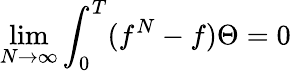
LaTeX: \operatorname*{lim}_{N\rightarrow\infty}\int_{0}^{T}(f^{N}-f)\Theta=0